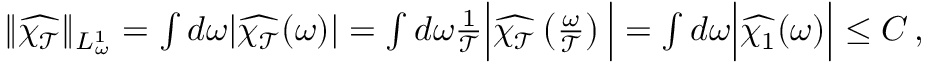
\begin{array} { r } { \| \widehat { \chi _ { \mathcal { T } } } \| _ { L _ { \omega } ^ { 1 } } = \int d \omega | \widehat { \chi _ { \mathcal { T } } } ( \omega ) | = \int d \omega \frac { 1 } { { \mathcal { T } } } \Big | \widehat { \chi _ { \mathcal { T } } } \left( \frac { \omega } { { \mathcal { T } } } \right) \Big | = \int d \omega \Big | \widehat { \chi _ { 1 } } ( \omega ) \Big | \leq C \, , } \end{array}